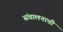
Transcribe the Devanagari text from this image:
संचालनाची